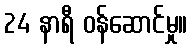
24 နာရီ ဝန်ဆောင်မှု။